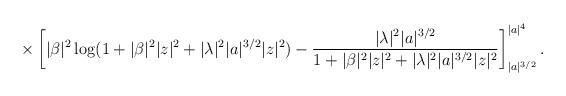
LaTeX: \begin{align*}\times\left[\vert\beta\vert^2\log (1+\vert\beta\vert^2\vert z\vert^2 + \vert\lambda\vert^2 \vert a\vert^{3/2}\vert z\vert^2) - \frac{\vert\lambda\vert^2 \vert a\vert^{3/2}}{1+\vert\beta\vert^2\vert z\vert^2 + \vert\lambda\vert^2\vert a\vert^{3/2}\vert z\vert^2} \right]_{\vert a\vert^{3/2}}^{\vert a\vert^4}.\end{align*}